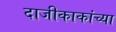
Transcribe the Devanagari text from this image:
दाजीकाकांच्या